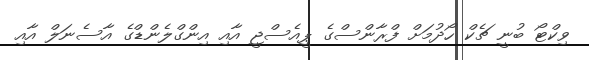
ވިކްޓޯ ބުނީ ޗެކް ހޯދުމަށް ފްރާންސްގެ ޕީއެސްޖީ އާއި އިންގްލެންޑްގެ އާސެނަލް އާއި